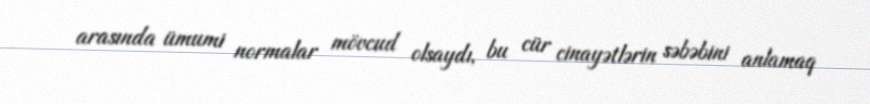
arasında ümumi normalar mövcud olsaydı, bu cür cinayətlərin səbəbini anlamaq